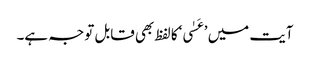
آیت میں ’عَسٰی‘کا لفظ بھی قابل توجہ ہے۔